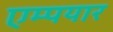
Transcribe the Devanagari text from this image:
एम्पयार